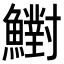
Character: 𩼷